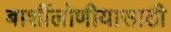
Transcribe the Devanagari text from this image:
बार्शीलोणीयासाठी